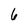
Character: 6